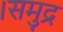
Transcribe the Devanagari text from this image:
।समुद्र